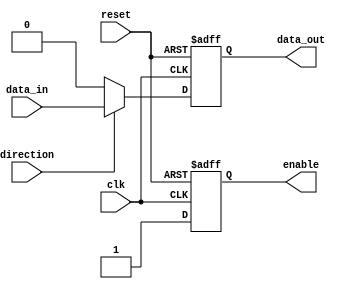
module io_buffer (
input wire clk,
input wire reset,
input wire direction,
input wire data_in,
output reg data_out,
output reg enable
);

always @(posedge clk or posedge reset)
begin
if (reset) begin
data_out <= 1'b0;
enable <= 1'b0;
end else begin
if (direction) begin //input
data_out <= data_in;
enable <= 1'b1;
end else begin //output
data_out <= 1'b0;
enable <= 1'b1;
end
end
end

endmodule